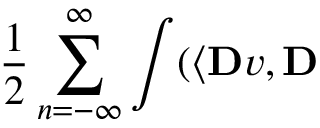
\frac { 1 } { 2 } \sum _ { n = - \infty } ^ { \infty } \int ( \langle \mathbf { D } v , \mathbf { D }